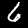
Label: 6